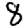
Digit: 8